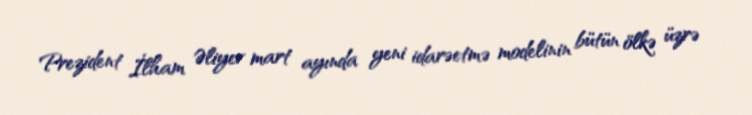
Prezident İlham Əliyev mart ayında yeni idarəetmə modelinin bütün ölkə üzrə